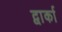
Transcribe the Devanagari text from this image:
द्वार्का